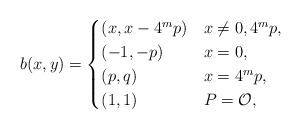
LaTeX: \begin{align*}b(x,y) = \begin{cases}(x, x - 4^{m}p) & x\neq 0,4^{m}p, \\(-1,-p) & x = 0,\\(p,q) & x =4^{m}p, \\(1,1) & P = \mathcal{O},\end{cases}\end{align*}